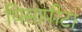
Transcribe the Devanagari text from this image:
घिसापीटा